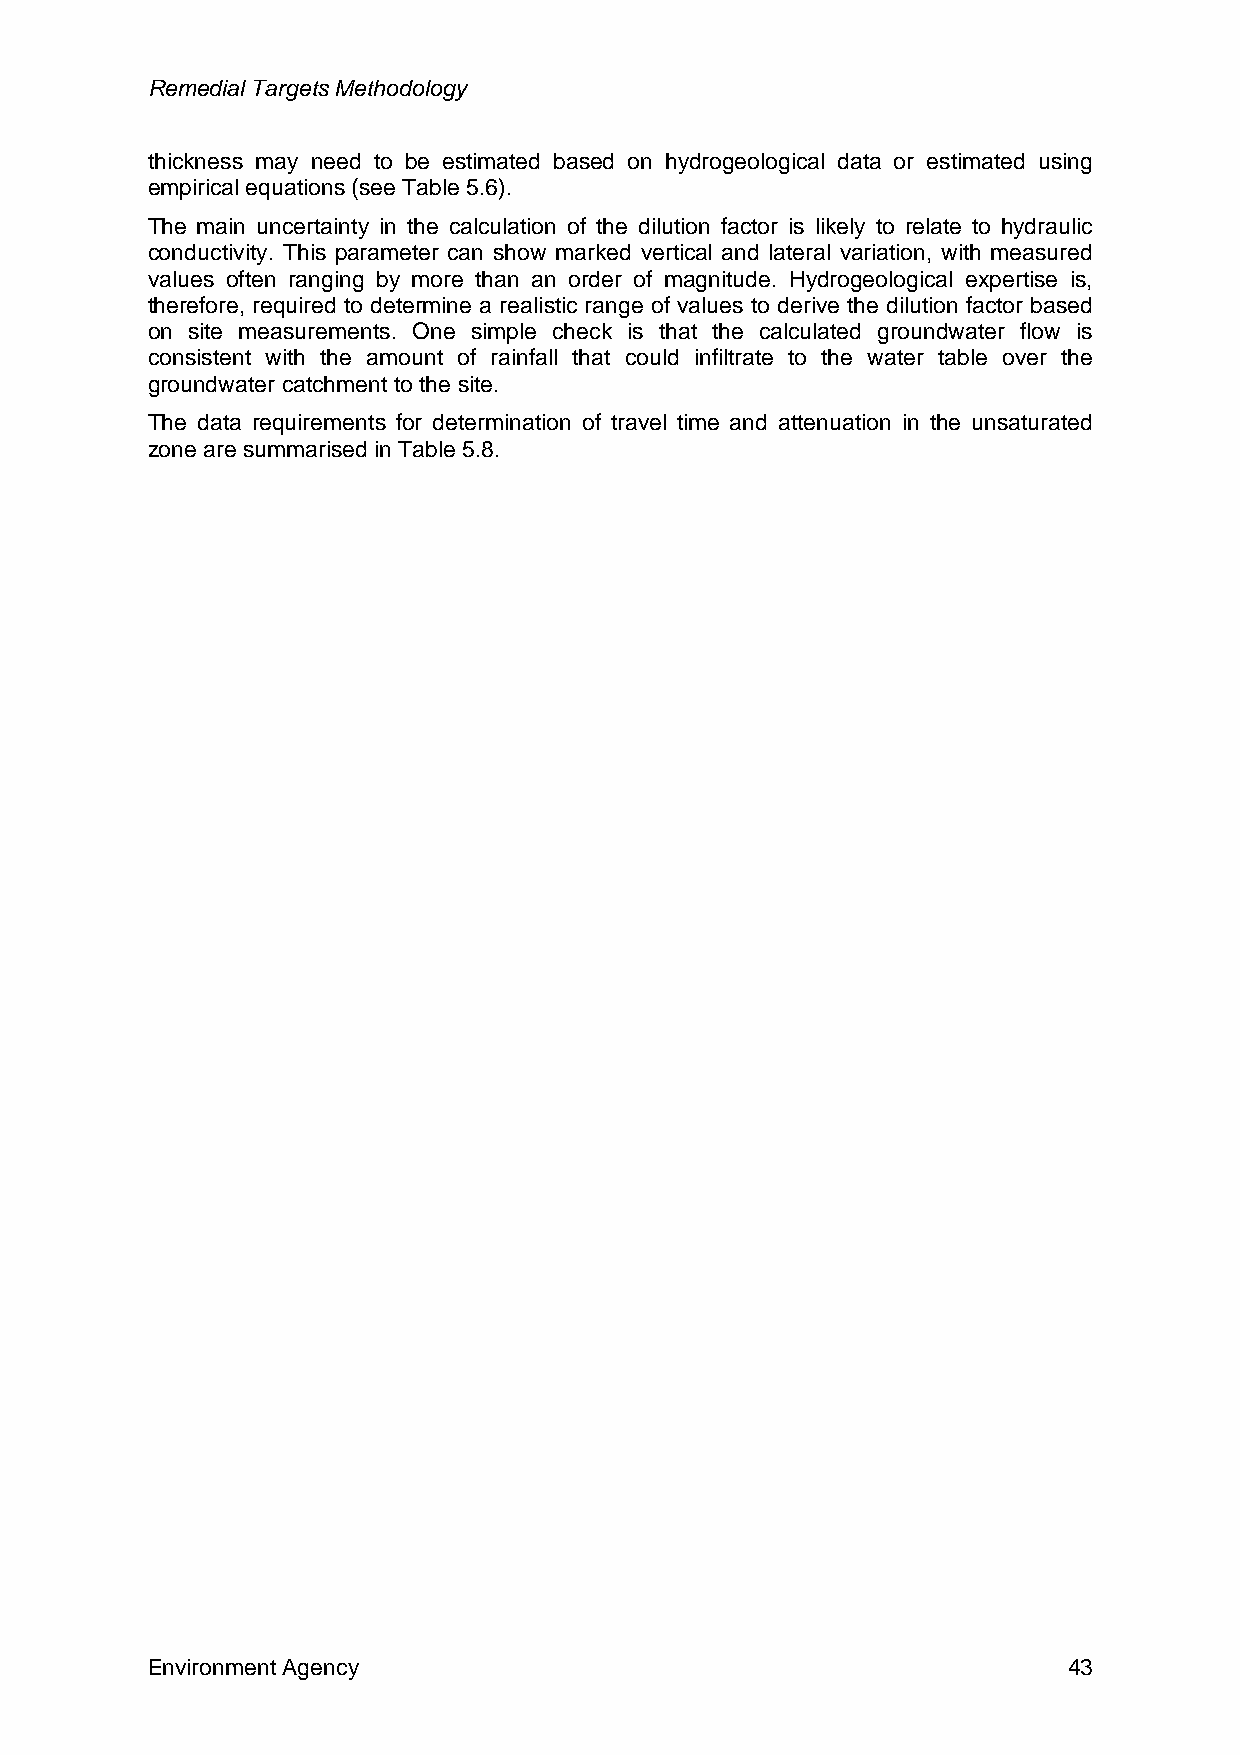
Remedial Targets Methodology
 thickness may need to be estimated based on hydrogeological data or estimated using
 empirical equations (see Table 5.6).
 The main uncertainty in the calculation of the dilution factor is likely to relate to hydraulic
 conductivity. This parameter can show marked vertical and lateral variation, with measured
 values often ranging by more than an order of magnitude. Hydrogeological expertise is,
 therefore, required to determine a realistic range of values to derive the dilution factor based
 on site measurements. One simple check is that the calculated groundwater flow is
 consistent with the amount of rainfall that could infiltrate to the water table over the
 groundwater catchment to the site.
 The data requirements for determination of travel time and attenuation in the unsaturated
 zone are summarised in Table 5.8.
 Environment Agency                                           43